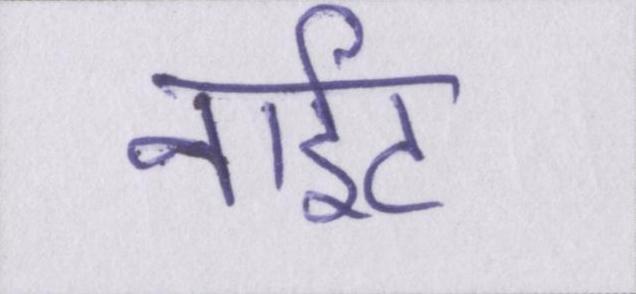
नाईट